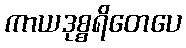
ကာယဒုစ္စရိတေပေ